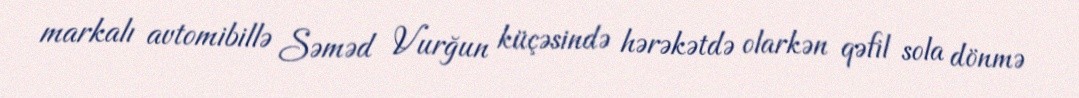
markalı avtomibillə Səməd Vurğun küçəsində hərəkətdə olarkən qəfil sola dönmə